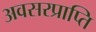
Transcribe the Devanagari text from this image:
अवसरप्राप्ति